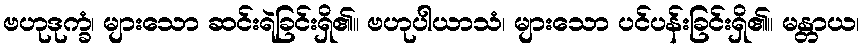
ဗဟုဒုက္ခံ၊ များသော ဆင်းရဲခြင်းရှိ၏။ ဗဟုပါယာသံ၊ များသော ပင်ပန်းခြင်းရှိ၏။ မန္တာယ၊